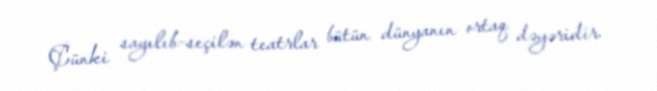
Çünki sayılıb-seçilən teatrlar bütün dünyanın ortaq dəyəridir.